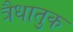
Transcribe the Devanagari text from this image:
त्रैधातुक